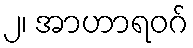
၂၊ အာဟာရဝဂ်